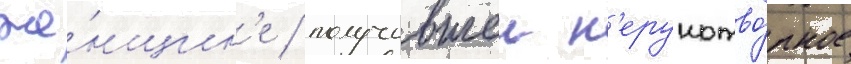
же́нщин'е / получившеи н'ерукотво́рное